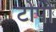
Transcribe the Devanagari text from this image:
टोपो